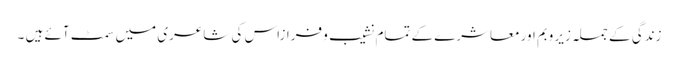
زندگی کے جملہ زیر وبم اور معاشرے کے تمام نشیب و فرازاس کی شاعری میں سمٹ آئے ہیں ۔